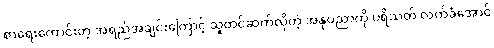
စာရေးကောင်းတဲ့ အရည်အချင်းကြောင့် သူတင်ဆက်လိုတဲ့ အနုပညာကို ပရိသတ် လက်ခံအောင်